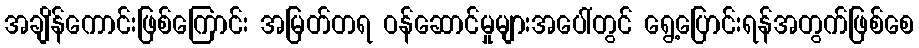
အချိန်ကောင်းဖြစ်ကြောင်း အမြတ်တရ ဝန်ဆောင်မှုများအပေါ်တွင် ရွေ့ပြောင်းရန်အတွက်ဖြစ်စေ